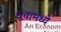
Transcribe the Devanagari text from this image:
ध्रूवामध्ये